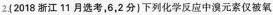
2(2018 浙江 11 月选考,6,2分)下列化学反应中溴元素仅被氧